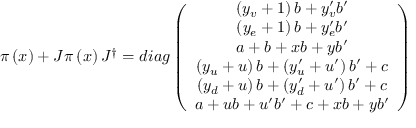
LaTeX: \pi \left( x \right) + J \pi \left( x \right) J ^ { \dagger } = d i a g \left( \begin{array} { c } { { \left( y _ { v } + 1 \right) b + y _ { v } ^ { \prime } b ^ { \prime } } } \\ { { \left( y _ { e } + 1 \right) b + y _ { e } ^ { \prime } b ^ { \prime } } } \\ { { a + b + x b + y b ^ { \prime } } } \\ { { \left( y _ { u } + u \right) b + \left( y _ { u } ^ { \prime } + u ^ { \prime } \right) b ^ { \prime } + c } } \\ { { \left( y _ { d } + u \right) b + \left( y _ { d } ^ { \prime } + u ^ { \prime } \right) b ^ { \prime } + c } } \\ { { a + u b + u ^ { \prime } b ^ { \prime } + c + x b + y b ^ { \prime } } } \end{array} \right)